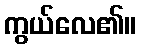
ကွယ်လေ၏။